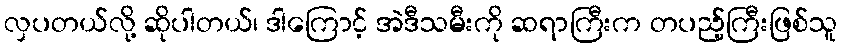
လှပတယ်လို့ ဆိုပါတယ်၊ ဒါကြောင့် အဲဒီသမီးကို ဆရာကြီးက တပည့်ကြီးဖြစ်သူ